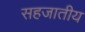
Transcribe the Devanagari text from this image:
सहजातीय